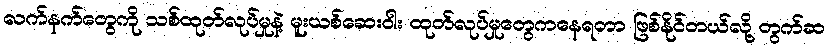
လက်နက်တွေကို သစ်ထုတ်လုပ်မှုနဲ့ မူးယစ်ဆေးဝါး ထုတ်လုပ်မှုတွေကနေရတာ ဖြစ်နိုင်တယ်လို့ တွက်ဆ